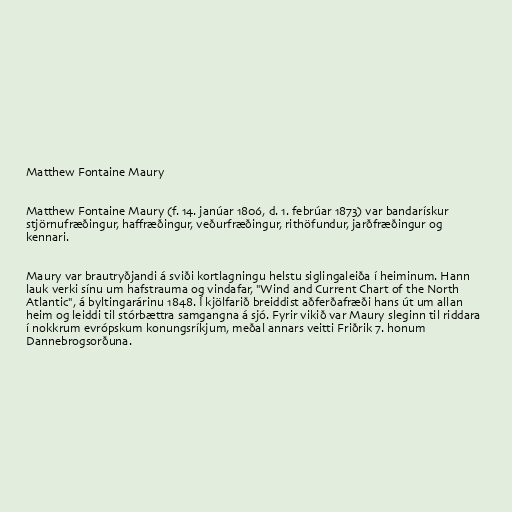
Matthew Fontaine Maury

Matthew Fontaine Maury (f. 14. janúar 1806, d. 1. febrúar 1873) var bandarískur
stjörnufræðingur, haffræðingur, veðurfræðingur, rithöfundur, jarðfræðingur og
kennari.

Maury var brautryðjandi á sviði kortlagningu helstu siglingaleiða í heiminum. Hann
lauk verki sínu um hafstrauma og vindafar, "Wind and Current Chart of the North
Atlantic", á byltingarárinu 1848. Í kjölfarið breiddist aðferðafræði hans út um allan
heim og leiddi til stórbættra samgangna á sjó. Fyrir vikið var Maury sleginn til riddara
í nokkrum evrópskum konungsríkjum, meðal annars veitti Friðrik 7. honum
Dannebrogsorðuna.